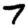
Digit: 7